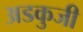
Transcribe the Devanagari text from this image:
अडकुजी